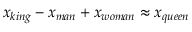
x _ { k i n g } - x _ { m a n } + x _ { w o m a n } \approx x _ { q u e e n }